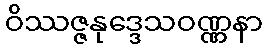
ဝိဿဇ္ဇနုဒ္ဒေသဝဏ္ဏနာ